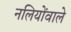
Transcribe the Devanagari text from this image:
नलियोंवाले